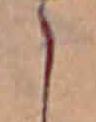
こ